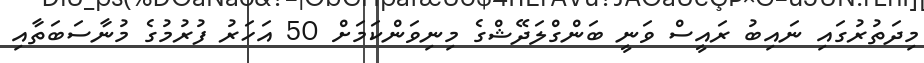
މިދަތުރުގައި ނައިބު ރައީސް ވަނީ ބަންގްލަދޭޝްގެ މިނިވަންކަމަށް 50 އަހަރު ފުރުމުގެ މުނާސަބަތާއި